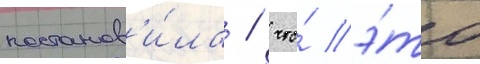
постанов'и́ла / что́ э́то